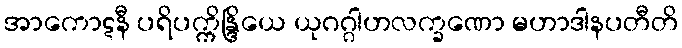
အာကောဋနီ ပရိပက္ကိန္ဒြိယေ ယုဂဂ္ဂါဟလက္ခဏော မဟာဒါနပတီတိ